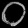
Digit: ၀